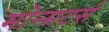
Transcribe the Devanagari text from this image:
मोन्सटर्स